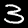
Digit: 3